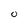
Character: 0